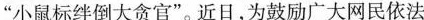
”小鼠标绊倒大贪官”。近日，为鼓励广大网民依法